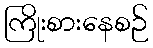
ကြိုးစားနေစဉ်